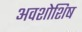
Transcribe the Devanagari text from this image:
अवशोशिष